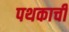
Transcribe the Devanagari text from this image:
पथकाची